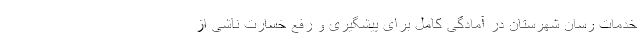
خدمات رسان شهرستان در آمادگی کامل برای پیشگیری و رفع خسارت ناشی از